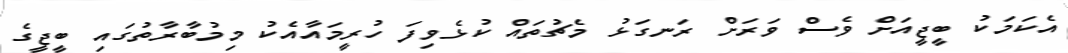
އެކަމަކު ބީޖީއަށް ވެސް ވަރަށް ރަނގަޅު މެޗުތައް ކުޅެވިފަ ހުރީމައާއެކު މިމުބާރާތުގައި ބީޖީގެ